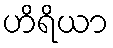
ဟိရိယာ